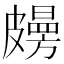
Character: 𥀤